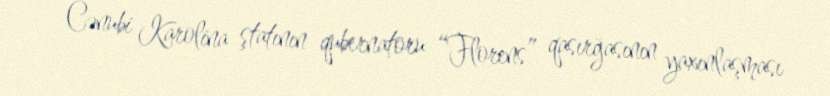
Cənubi Karolina ştatının qubernatoru “Florens” qasırğasının yaxınlaşması